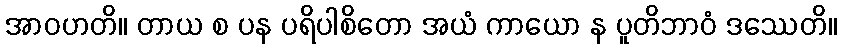
အာဝဟတိ။ တာယ စ ပန ပရိပါစိတော အယံ ကာယော န ပူတိဘာဝံ ဒဿေတိ။